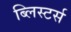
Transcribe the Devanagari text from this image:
ब्लिस्टर्स